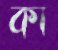
কা